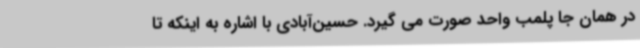
در همان جا پلمب واحد صورت می گیرد. حسین‌آبادی با اشاره به اینکه تا